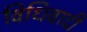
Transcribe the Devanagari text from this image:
विधिवादी